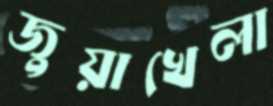
জুয়াখেলা